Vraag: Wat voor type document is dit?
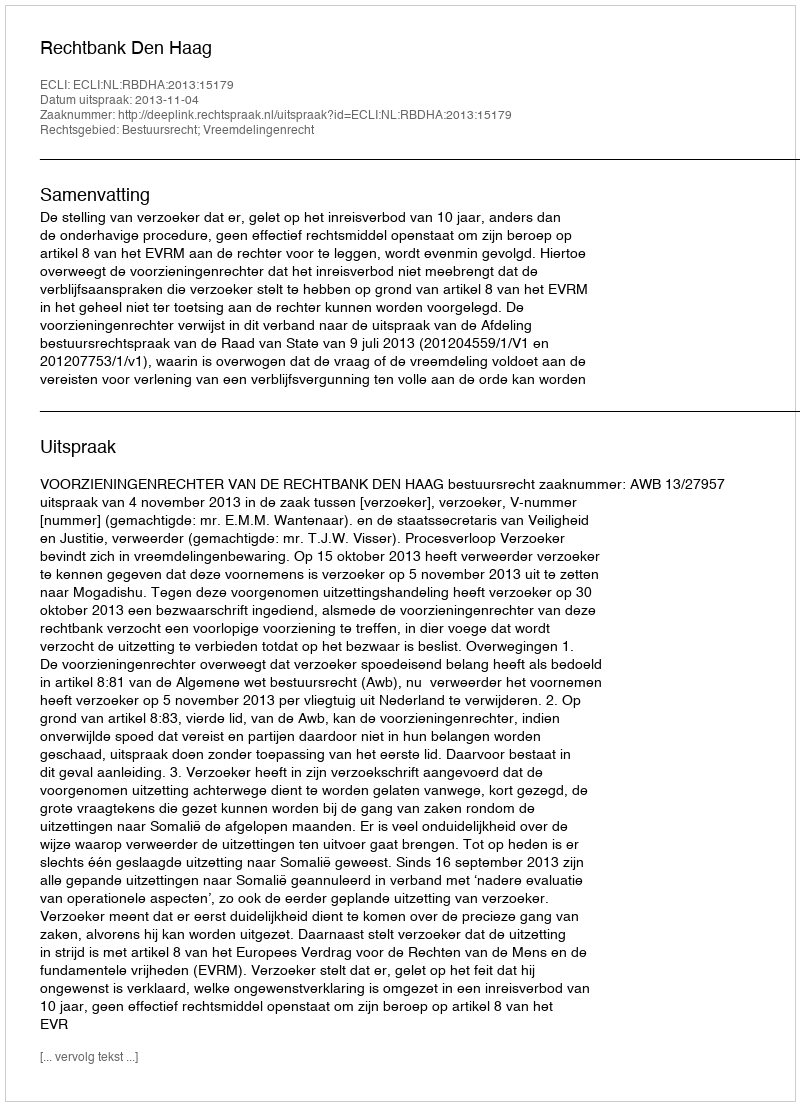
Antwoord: Uitspraak